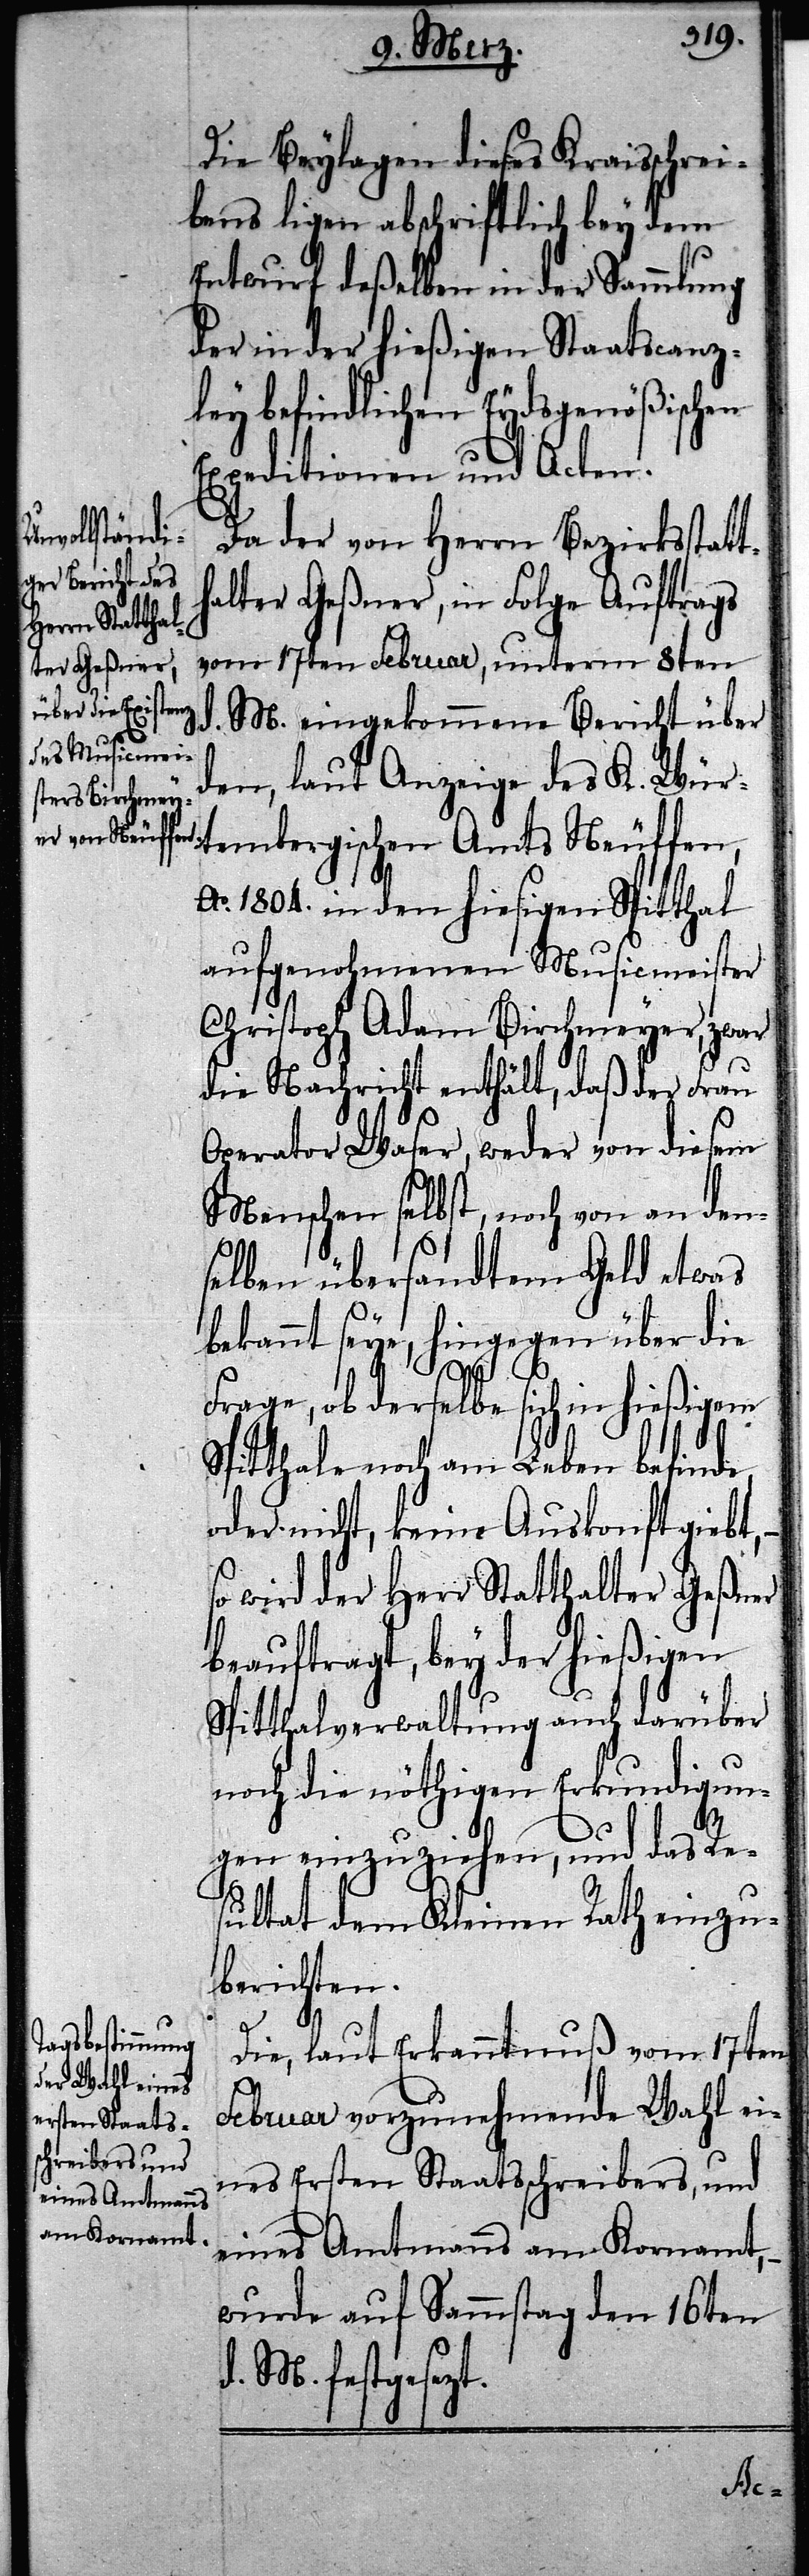
Die Beylagen dieses Kraisschrei¬
bens ligen abschriftlich bey dem
Entwurf deßelben in der Sammlung
der in der hießigen Staatscanz¬
ley befindlichen Eydsgenößischen
Expeditionen und Acten.
Da der von Herrn Bezirksstatt¬
halter Geßner, in Folge Auftrags
vom 17ten Februar, unterm 8ten
d. M. eingekommene Bericht über
den, laut Anzeige des K. Wür¬
tembergischen Amts Neuffen,
Ao. 1804. in den hiesigen Spitthal
aufgenohmenen Musicmeister
Christoph Adam Birchmeyer, zwar
die Nachricht enthält, daß der Frau
Operator Waser, weder von diesem
Menschen selbst, noch von an den¬
selben übersandtem Geld etwas
bekannt seye, hingegen über die
Frage, ob derselbe sich in hießigem
Spitthale noch am Leben befinde,
oder nicht, keine Auskonft giebt,
so wird der Herr Statthalter Geßner
beauftragt, bey der hießigen
Spitthalverwaltung auch darüber
noch die nöthigen Erkundigun¬
gen einzuziehen, und das Re¬
sultat dem Kleinen Rath einzu¬
berichten.
Die, laut Erkanntnuß vom 17ten
Februar vorzunehmende Wahl ei¬
nes Ersten Staatsschreibers, und
eines Amtsmanns am Kornamt,
wurde auf Sammstag den 16ten
d. M. festgesezt.